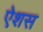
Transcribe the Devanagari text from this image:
ऐशस